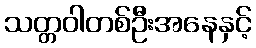
သတ္တဝါတစ်ဦးအနေနှင့်